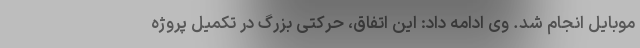
موبایل انجام شد. وی ادامه داد: این اتفاق، حرکتی بزرگ در تکمیل پروژه